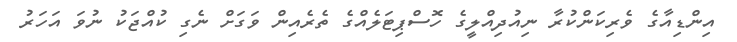
އިންޑިއާގެ ވެރިކަންކުރާ ނިއުދިއްލީގެ ހޮސްޕިޓަލެއްގެ ތެރެއިން ވަގަށް ނެގި ކުއްޖަކު ނުވަ އަހަރު